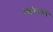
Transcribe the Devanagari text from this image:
थिरिमन्नेने